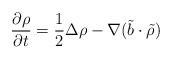
LaTeX: \begin{align*}\frac{\partial\rho}{\partial t}=\frac{1}{2}\Delta\rho-\nabla(\tilde{b}\cdot\tilde{\rho})\end{align*}